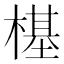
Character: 樭